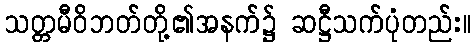
သတ္တမီဝိဘတ်တို့၏အနက်၌ ဆဋ္ဌီသက်ပုံတည်း။